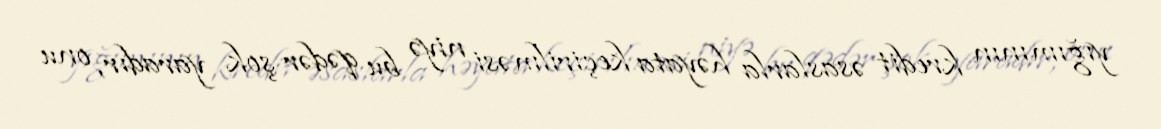
yığımının kredit əsaslarla həyata keçirilməsi niyə bu qədər şok yaradır, onu